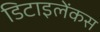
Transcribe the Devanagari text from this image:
डिटाइलेंकस